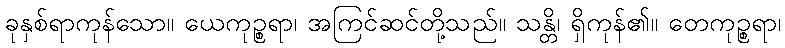
ခုနှစ်ရာကုန်သော။ ယေကုဉ္စရာ၊ အကြင်ဆင်တို့သည်။ သန္တိ၊ ရှိကုန်၏။ တေကုဉ္စရာ၊